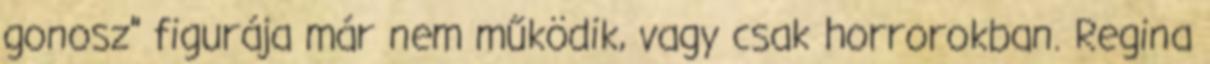
gonosz” figurája már nem működik, vagy csak horrorokban. Regina